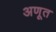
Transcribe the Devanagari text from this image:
अणूत